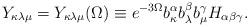
LaTeX: \begin{align*}Y_{\kappa \lambda \mu }=Y_{\kappa \lambda \mu }(\Omega )\equiv e^{-3\Omega}b_\kappa ^\alpha b_\lambda ^\beta b_\mu ^\gamma H_{\alpha \beta \gamma }.\end{align*}